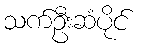
သက်ဦးဆံပိုင်